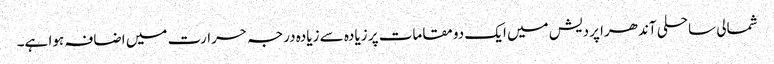
شمالی ساحلی آندھرا پردیش میں ایک دو مقامات پر زیادہ سے زیادہ درجہ حرارت میں اضافہ ہوا ہے۔